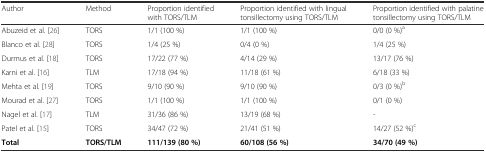
| Author | Method | Proportion identified with TORS/TLM | Proportion identified with lingual tonsillectomy using TORS/TLM | Proportion identified with palatine tonsillectomy using TORS/TLM |
 | --- | --- | --- | --- | --- |
 | Abuzeid et al. [26] | TORS | 1/1 (100 %) | 1/1 (100 %) | 0/0 (0 %)a |
 | Blanco et al. [28] | TORS | 1/4 (25 %) | 0/4 (0 %) | 1/4 (25 %) |
 | Durmus et al. [18] | TORS | 17/22 (77 %) | 4/14 (29 %) | 13/17 (76 %) |
 | Karni et al. [16] | TLM | 17/18 (94 %) | 11/18 (61 %) | 6/18 (33 %) |
 | Mehta et al. [19] | TORS | 9/10 (90 %) | 9/10 (90 %) | 0/3 (0 %)b |
 | Mourad et al. [27] | TORS | 1/1 (100 %) | 1/1 (100 %) | 0/1 (0 %) |
 | Nagel et al. [17] | TLM | 31/36 (86 %) | 13/19 (68 %) | - |
 | Patel et al. [15] | TORS | 34/47 (72 %) | 21/41 (51 %) | 14/27 (52 %)c |
 | Total | TORS/TLM | 111/139 (80 %) | 60/108 (56 %) | 34/70 (49 %) |